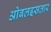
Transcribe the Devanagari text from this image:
ओबलइसतार